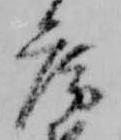
房